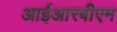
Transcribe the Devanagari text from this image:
आईआरबीएम